Indian journal of veterinary science and animal husbandry - Volumes 22-23, 1952-1953
Year: 1952
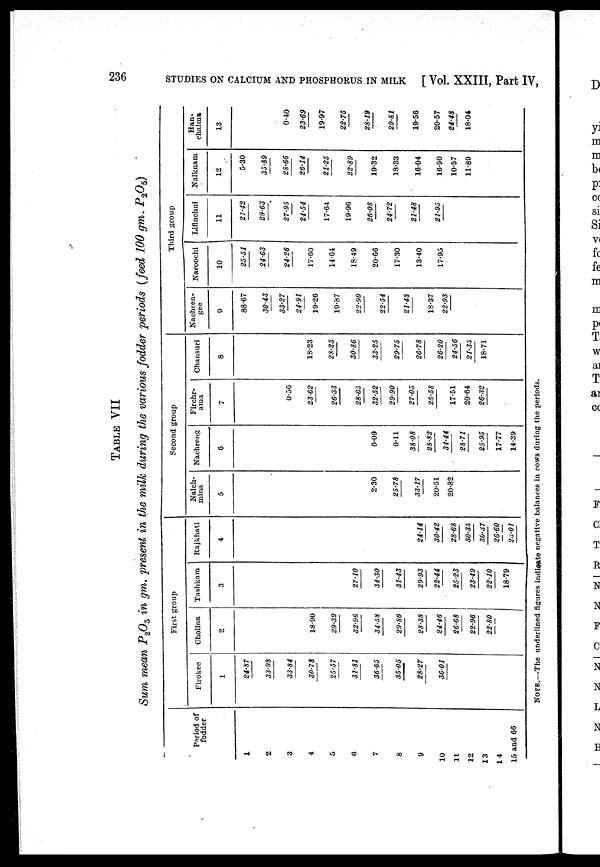
236 STUDIES ON CALCIUM AND PHOSPHORUS IN MILK [ Vol. XXIII, Part IV,
TABLE VII
Sum mean P 2 O 5 in gm. present in the milk during the various fodder periods (feed 100 gm. P 2 O 5 )
Period of
fodder
1
2
3
4
5
6
7
8
9
10
11
12
13
14
15 and 66
Firokee
1
24.87
33.98
33.84
30.78
25.57
31.81
36.65
35.05
28.27
36.01
First group
Cholina
2
18.90
29.39
32.96
34.58
29.80
28.38
24.46
26.68
22.96
22.80
Tashkam
3
27.10
34.30
31.43
29.93
22.44
25.23
23.49
22.10
18.79
Kajkhati
4
24.14
30.42
28.68
30.35
30.37
26.60
23.01
Nalch-
mina
5
2.30
25.78
33.17
20.51
20.82
Second group
Nachreng
6
0.09
0.11
38.08
28.82
34.44
28.71
25.95
17.77
14.39
Firchr-
ama
7
0.56
23.62
26.33
28.65
32.52
29.90
27.05
25.58
17.51
20.64
26.32
Chausuri
8
18.23
28.23
30.86
33.25
29.75
26.78
26.20
24.56
21.35
18.71
Nachren-
gee
9
88.67
30.43
33.27
24.91
19.26
19.87
22.90
22.54
21.48
18.37
22.93
Third group
Naroochi
10
25.51
24.63
24.26
17.60
14.64
18.49
20.66
17.30
13.40
17.95
Lifinchni
11
21.42
29.63
27.95
24.54
17.64
19.96
26.08
24.72
21.48
21.95
Nalkuam
12
5.30
35.89
28.66
26.14
21.25
22.89
19.32
18.33
16.04
16.90
10.57
11.89
Han-
chalma
13
0.40
23.69
19.97
22.75
28.19
29.81
19.56
20.57
24.48
18.04
NOTE.—The underlined figures indicate negative balances in cows during the periods.